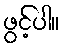
ဖွင့်ပါ။